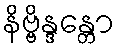
နိဗ္ဗိန္ဒန္တော